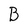
Character: B